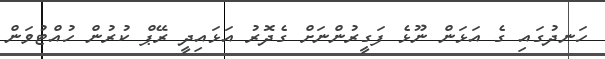
ހަނދުގައި ގެ އަޅަން ނޫޅެ ފަގީރުންނަށް ގެދޮރު އަޅައިދީ ރޭޕް ކުރުން ހުއްޓުވަން